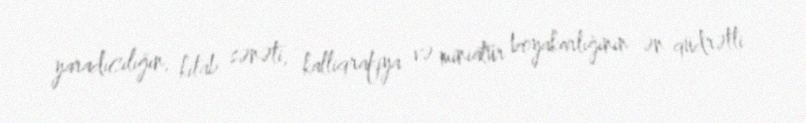
yaradıcılığın, kitab sənəti, kalliqrafiya və miniatür boyakarlığının ən qüdrətli